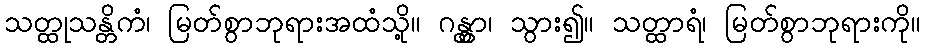
သတ္ထုသန္တိကံ၊ မြတ်စွာဘုရားအထံသို့။ ဂန္တွာ၊ သွား၍။ သတ္ထာရံ၊ မြတ်စွာဘုရားကို။